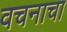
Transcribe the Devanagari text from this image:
वचनाचा